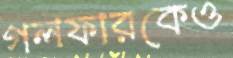
গলফারকেও